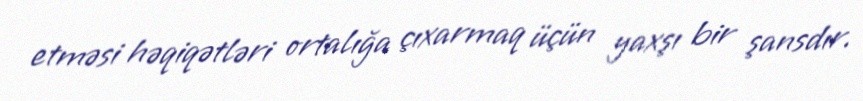
etməsi həqiqətləri ortalığa çıxarmaq üçün yaxşı bir şansdır.